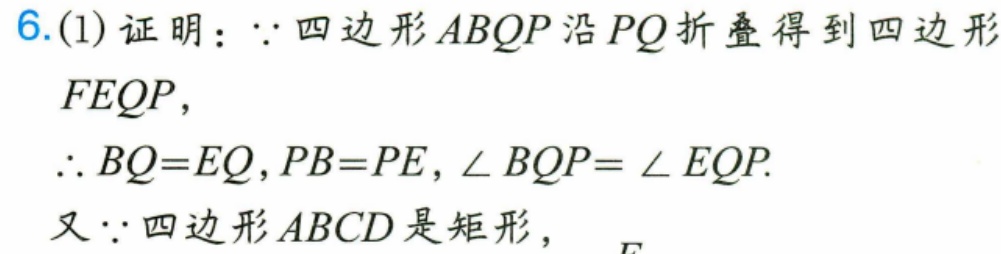
6.(1)证明：$\because$四边形$ABQP$沿$PQ$折叠得到四边形
$FEQP$，
$\therefore BQ = EQ,PB = PE,\angle BQP=\angle EQP.$
又$\because$四边形$ABCD$是矩形，